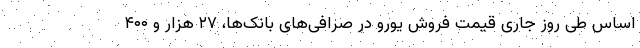
اساس طی روز جاری قیمت فروش یورو در صرافی‌های بانک‌ها، ۲۷ هزار و ۴۰۰